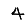
Digit: 4